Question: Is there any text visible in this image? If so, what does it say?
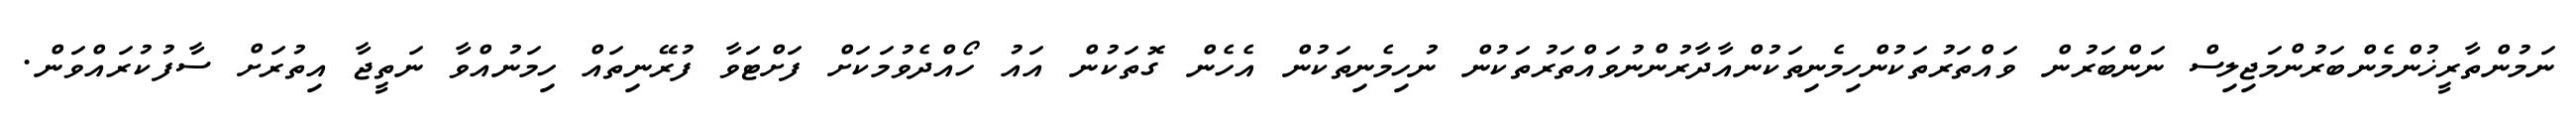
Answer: ނަމުންތާރީޚުންމެންބަރުންމަޖިލިސް ނަންބަރުން ވައްތަރުތަކުންހިމެނިތަކުންއާދާރުންނުވައްތަރުތަކުން ނުހިމެނިތަކުން އެހެން ގޮތަކުން އައު ހޯއްދެވުމަކަށް ފަށްޓަވާ ފުރޭނިތައް ހިމަނުއްވާ ނަތީޖާ އިތުރަށް ސާފުކުރައްވަން.